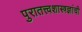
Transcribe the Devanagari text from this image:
पुरातत्त्वशास्त्रज्ञांची